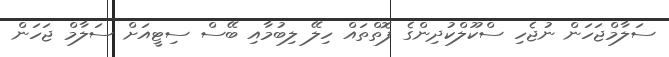
ސަލާމްޖަހަން ނުޖެހި ސްކޫލްކުދިންގެ ފޮތްތައް ހިލޭ ލިބުމާއި ބޭސް ސިޓީއަށް ސަލާމް ޖަހަން